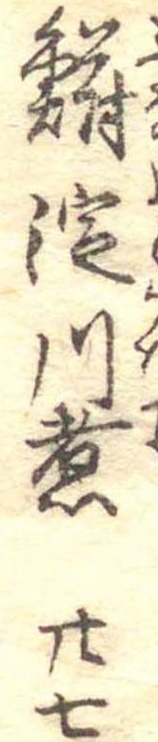
鮒淀川煮廿七